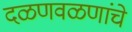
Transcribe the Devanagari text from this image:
दळणवळणांचे